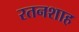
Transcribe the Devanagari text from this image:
रतनशाह